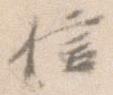
信